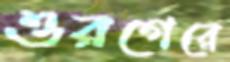
ওরগেরে